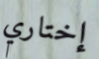
إختاري